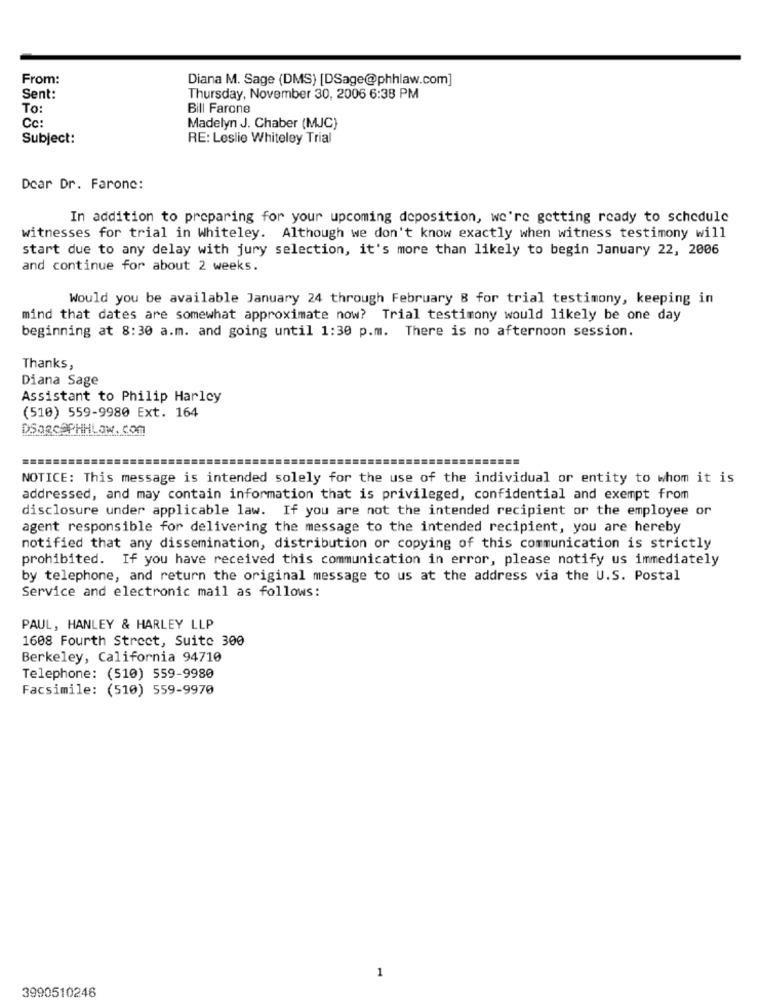
From:
Diana M. Sage (DMS) [DSage@phhlaw.com]
Sent:
Thursday, November 30, 2006 6:38 PM
To:
Bill Farone
Cc
Madelyn J. Chaber (MJC)
Subject:
RE: Leslie Whiteley Trial
Dear Dr. Farone:
In addition to preparing for your upcoming deposition, we're getting ready to schedule
witnesses for trial in Whiteley. Although we don't know exactly when witness testimony will
start due to any delay with jury selection, it's more than likely to begin January 22, 2006
and continue for about 2 weeks.
Would you be available January 24 through February 8 for trial testimony, keeping in
mind that dates are somewhat approximate now? Trial testimony would likely be one day
beginning at 8:30 a.m. and going until 1:30 p.m. There is no afternoon session.
Thanks,
Diana Sage
Assistant to Philip Harley
(510) 559-9980 Ext. 164
DSORCAPHHLow. com
NOTICE: This message is intended solely for the use of the individual or entity to whom it is
addressed, and may contain information that is privileged, confidential and exempt from
disclosure under applicable law. If you are not the intended recipient or the employee or
agent responsible for delivering the message to the intended recipient, you are hereby
notified that any dissemination, distribution or copying of this communication is strictly
prohibited. If you have received this communication in error, please notify us immediately
by telephone, and return the original message to us at the address via the U.S. Postal
Service and electronic mail as follows:
PAUL, HANLEY & HARLEY LLP
1608 Fourth Street, Suite 300
Berkeley, California 94710
Telephone: (510) 559-9980
Facsimile: (510) 559-9970
1
3990510246